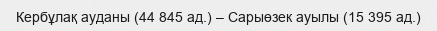
Кербұлақ ауданы (44 845 ад.) – Сарыөзек ауылы (15 395 ад.)